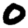
Digit: 0